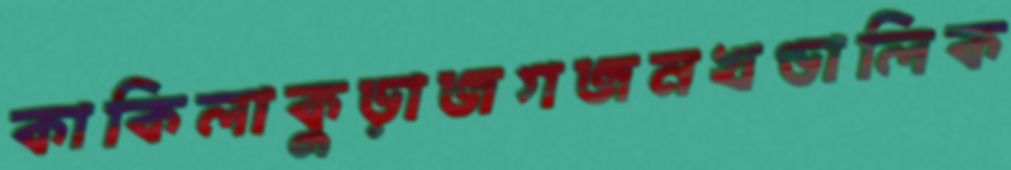
কাকিলাকুড়াজগজনখণ্ডালিক